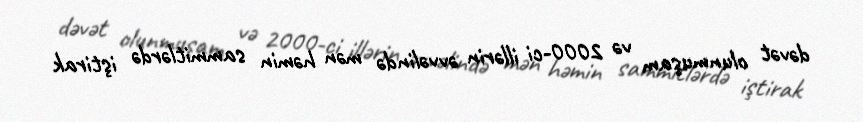
dəvət olunmuşam və 2000-ci illərin əvvəlində mən həmin sammitlərdə iştirak